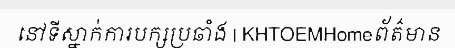
នៅទីស្នាក់ការបក្សប្រឆាំង | KHTOEMHomeព័ត៌មាន